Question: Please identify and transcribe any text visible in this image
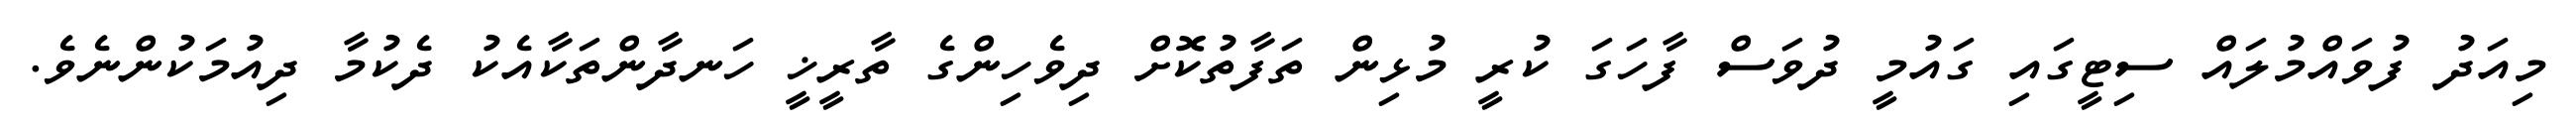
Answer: މިއަދު ފުވައްމުލައް ސިޓީގައި ގައުމީ ދުވަސް ފާހަގަ ކުރީ މުޅިން ތަފާތުކޮށް ދިވެހިންގެ ތާރީޚީ ހަނދާންތަކާއެކު ދެކުމާ ދިއުމަކުންނެވެ.